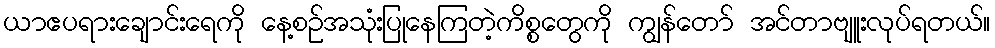
ယာဧပရားချောင်းရေကို နေ့စဉ်အသုံးပြုနေကြတဲ့ကိစ္စတွေကို ကျွန်တော် အင်တာဗျူးလုပ်ရတယ်။